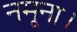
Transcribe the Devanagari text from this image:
नमूना।